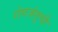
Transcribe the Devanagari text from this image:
रोगजंतूची